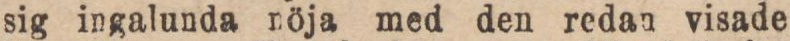
sig ingalunda nöja med den redan visade